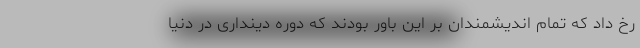
رخ داد که تمام اندیشمندان بر این باور بودند که دوره دینداری در دنیا